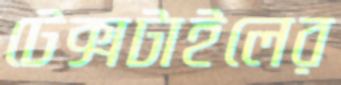
টেক্সটাইলের